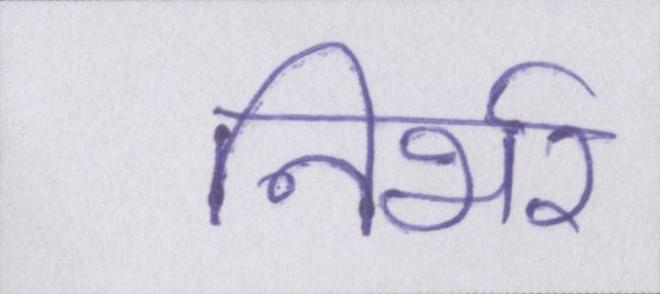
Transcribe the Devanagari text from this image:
निर्भर